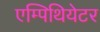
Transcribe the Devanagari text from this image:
एम्पिथियेटर